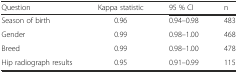
| Question | Kappa statistic | 95 % CI | n |
 | --- | --- | --- | --- |
 | Season of birth | 0.96 | 0.94–0.98 | 483 |
 | Gender | 0.99 | 0.98–1.00 | 468 |
 | Breed | 0.99 | 0.98–1.00 | 478 |
 | Hip radiograph results | 0.95 | 0.91–0.99 | 115 |